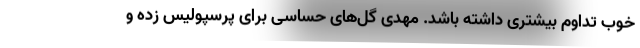
خوب تداوم بیشتری داشته باشد. مهدی گل‌های حساسی برای پرسپولیس زده و